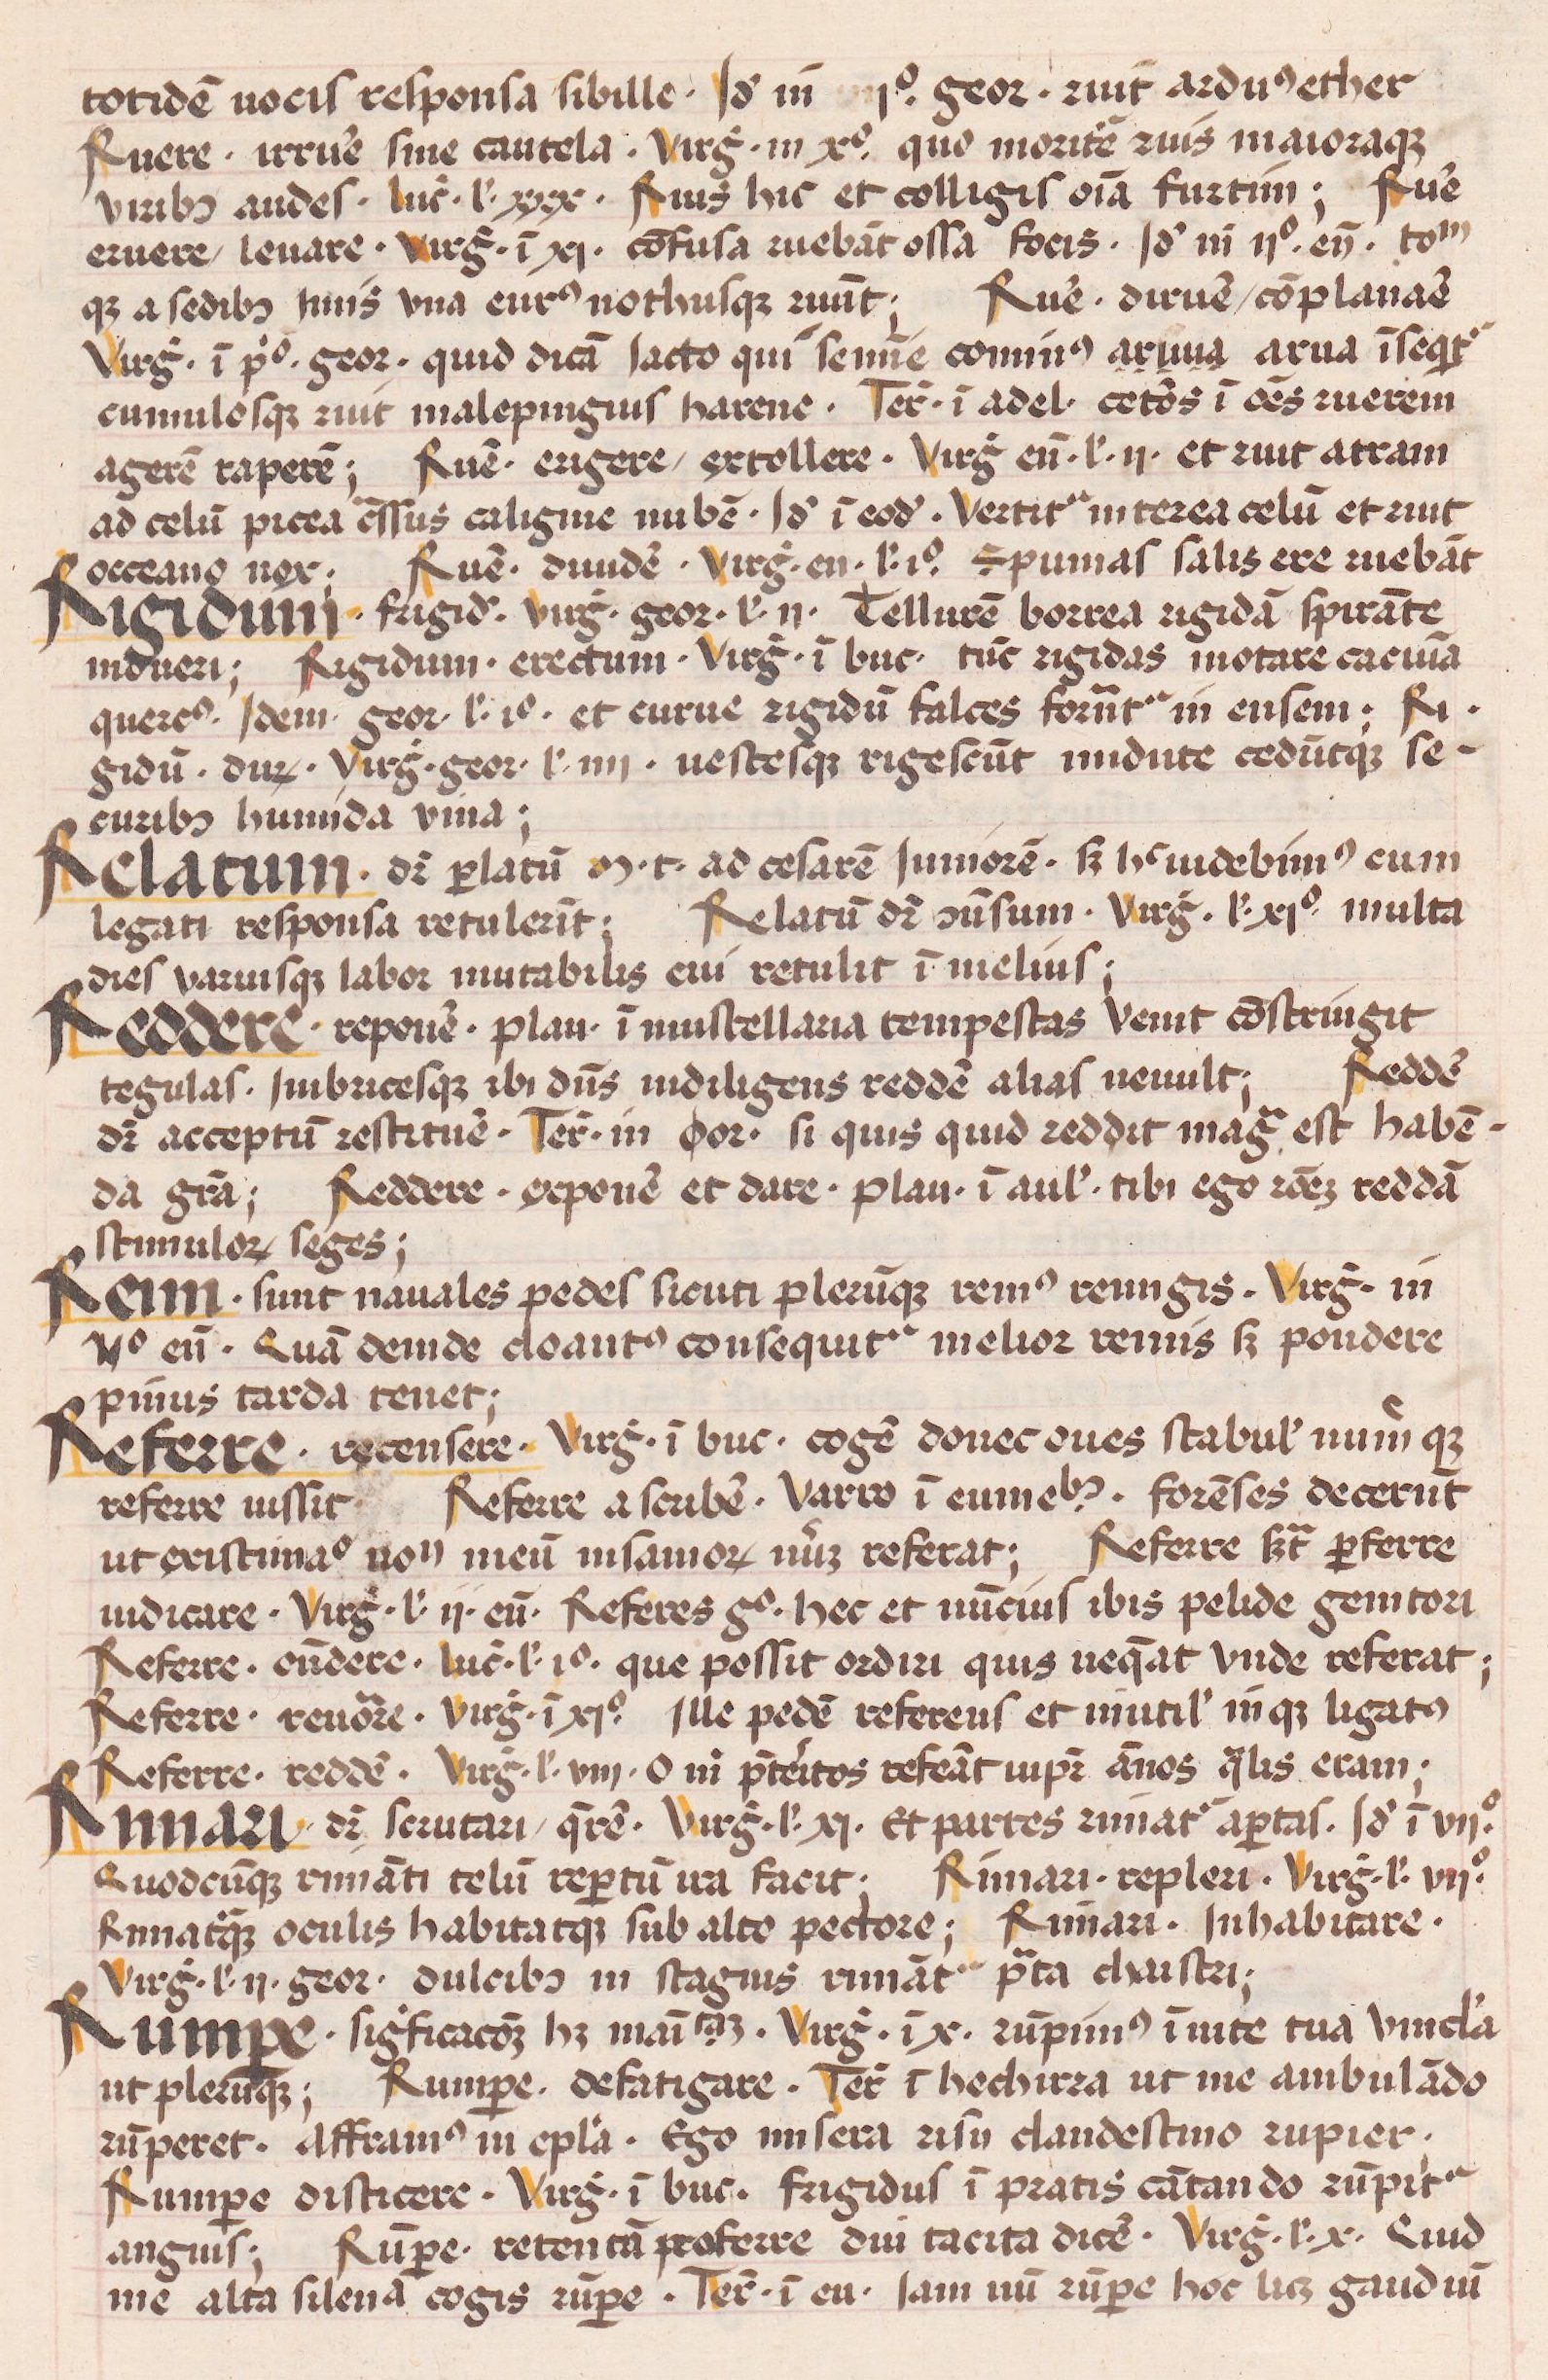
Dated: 1450–1474